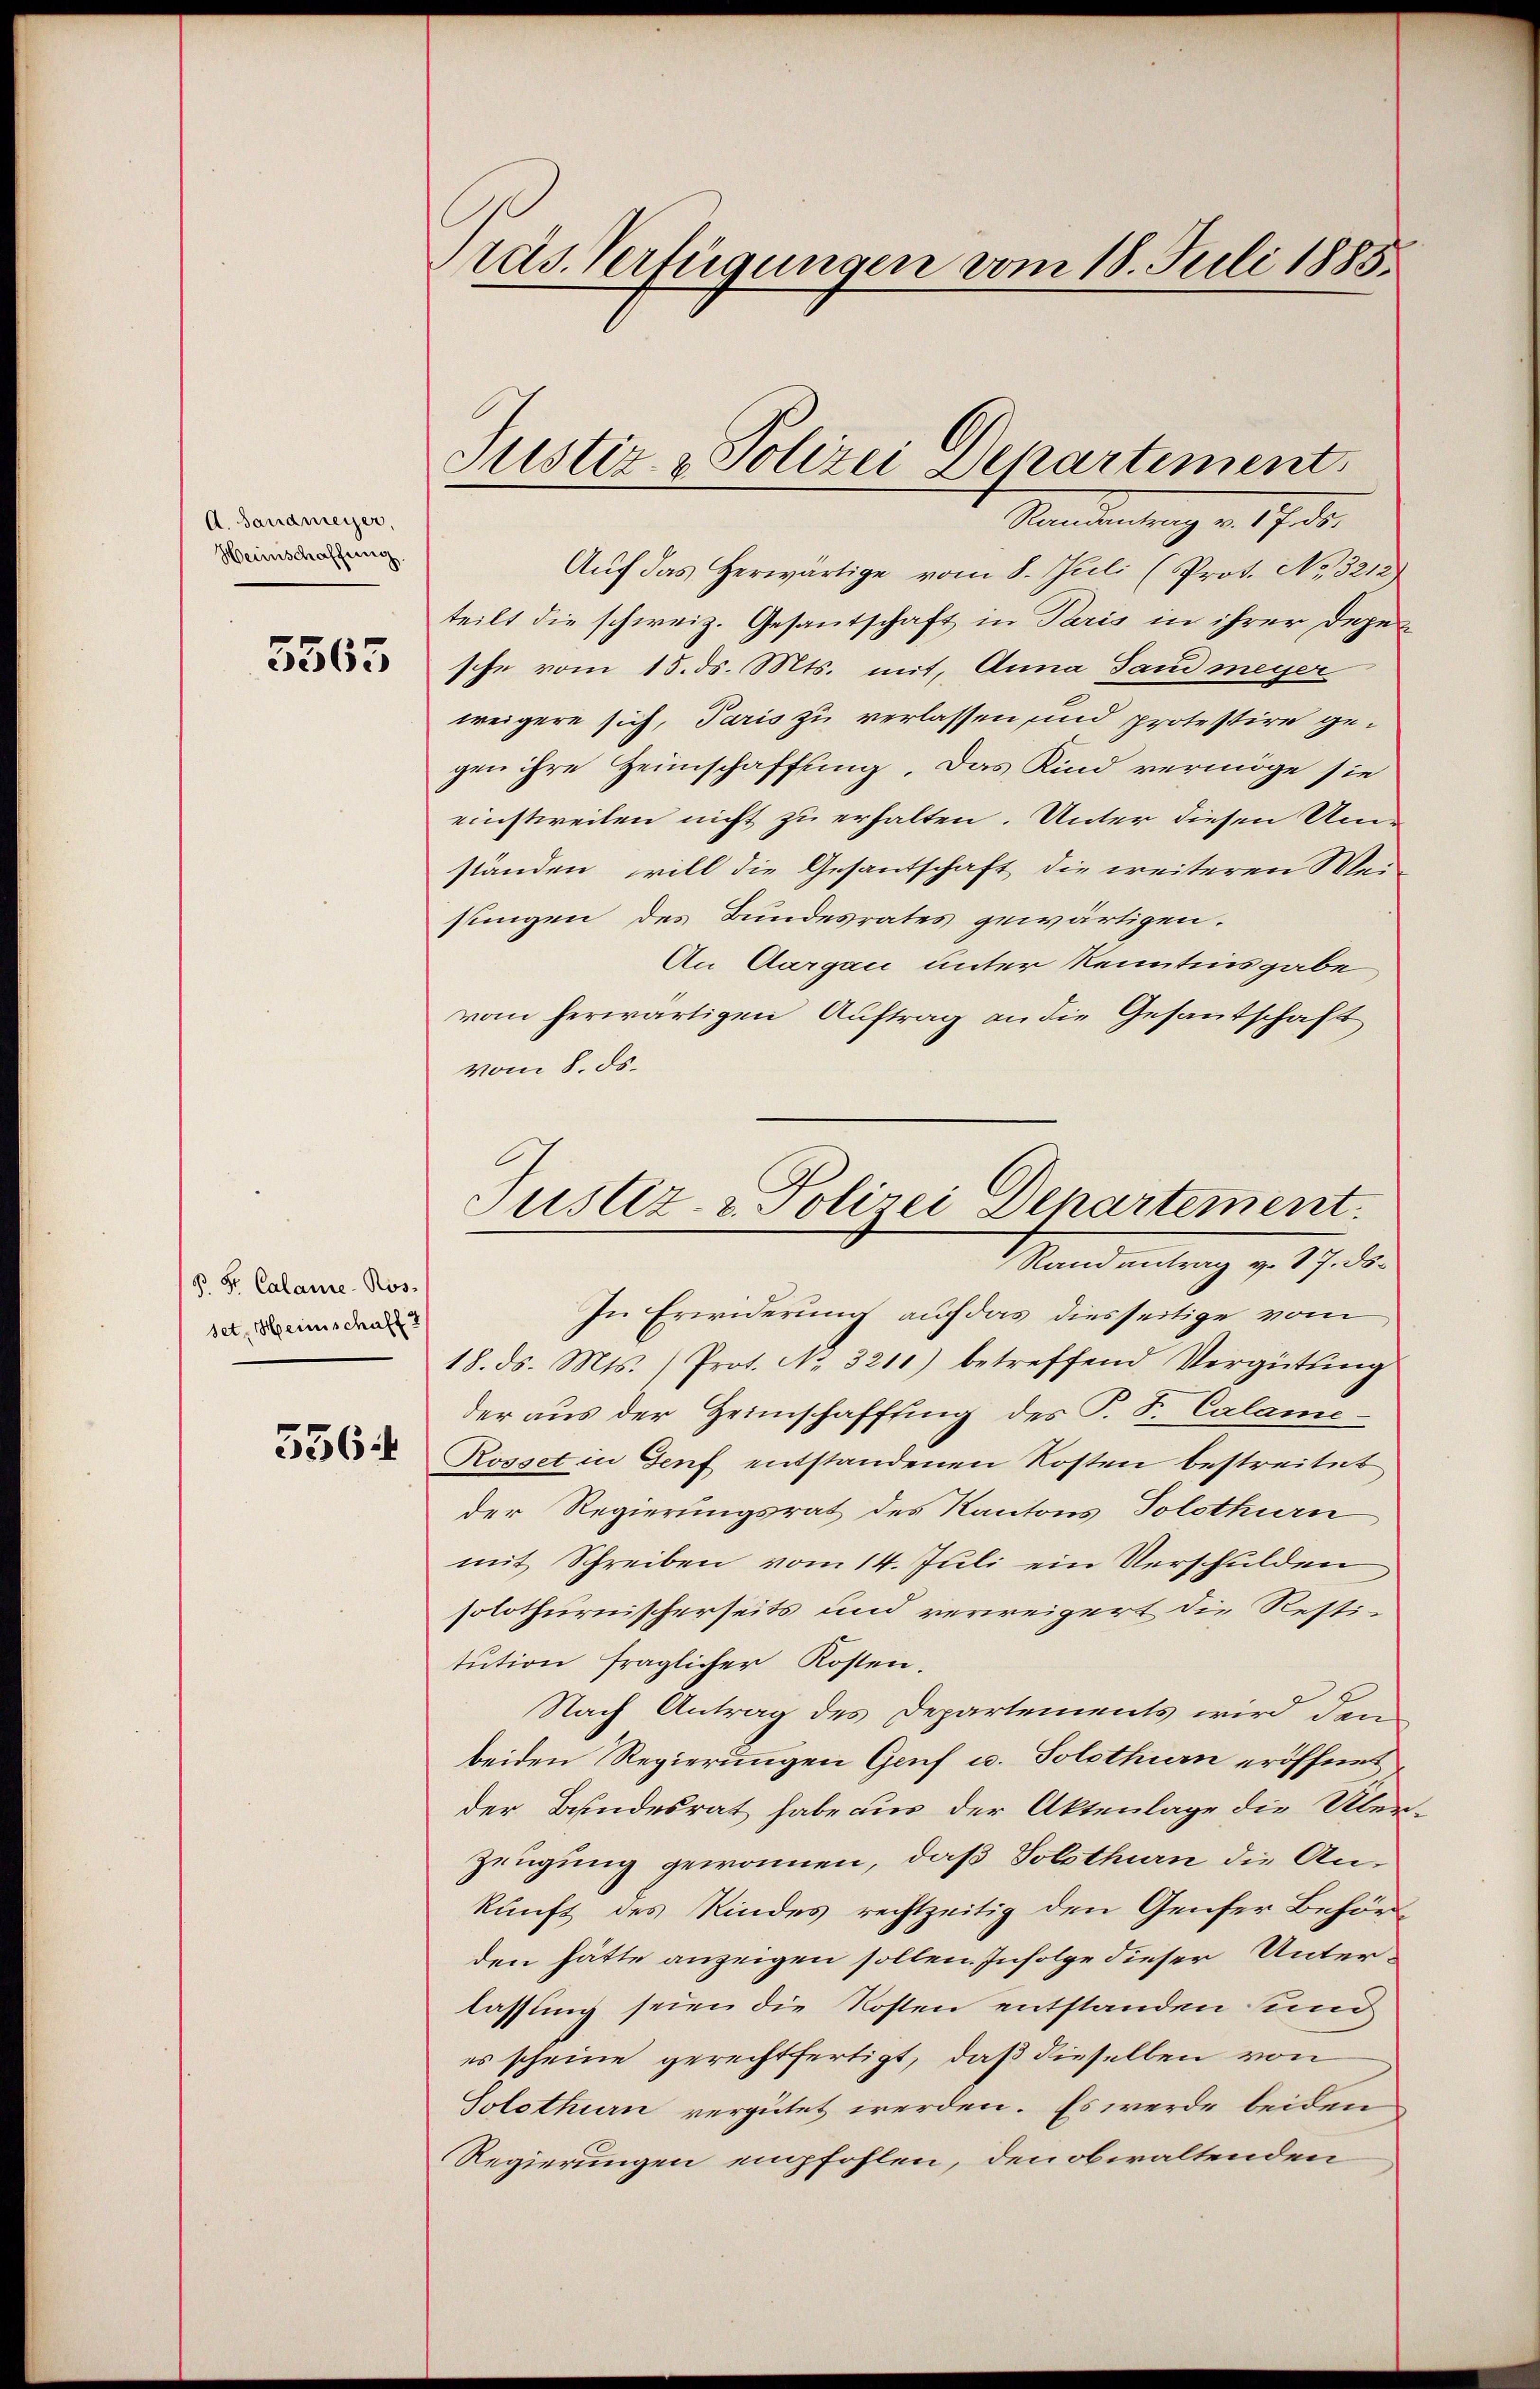
A. Sandmeyer,
Heimschaffung.

5565

§. Hr. Calame-Ros-
set, Heimschaff

356.

räs. Verfügungen vom 18. Juli 1885.

Justiz- & Polizei Departement.

Randantrag v. 17. ds.
Aŭf das herwärtige vom 8. Juli (Prot. No. 3212)
teilt die schweiz. Gesantschaft in Paris in ihrer Depesche vom 15. ds. Mts. mit, Anna Sand meyer
weigere sich, Paris zu verlassen und protestire gegen ihre Heimschaffung. Das Kind vermöge sie
einstweilen nicht zu erhalten. Unter diesen Umstanden, will die Gesantschaft die weiteren Wei-
sungen des Bundesrates gewärtigen.
An Aargau unter Kenntnisgabe
vom herwärtigen Auftrag an die Gesantschaft
vom 8. ds.
In Erwiderung auf das diesseitige vom
18. ds. Mts. Prot. No. 3211) betreffend Vergütung
der aus der Heimschaffung des P. F. Calame-
Rosset in Genf entstandenen Kosten bestreitet
der Regierungsrat des Kantons Solothurn
mit Schreiben vom 14. Juli ein Verschulden
solothurnischerseits und verweigert die Resti-
tŭtion fraglicher Kosten.
Nach Antrag des Departements wird dem
beiden Regierungen Genf u. Solothurn eröffnet
der Bundesrat habe aus der Aktenlage die Überzeugung gewonnen, daß Solothurn die Ankunft des Kindes rechtzeitig den Genfer Behörden hätte anzeigen sollen. Infolge dieser Unterlassung seien die Kosten entstanden sind
es scheine gerechtfertigt, daß dieselben von
Solothurn vergütet werden. Es werde beiden
Regierungen empfohlen, den obwaltenden

Justiz- & Polizei Departement.
Randantrag v. 17. ds.